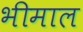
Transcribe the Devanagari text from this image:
भीमाल